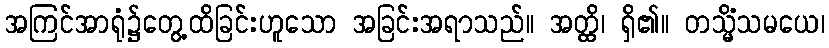
အကြင်အာရုံ၌တွေ့ထိခြင်းဟူသော အခြင်းအရာသည်။ အတ္ထိ၊ ရှိ၏။ တသ္မိံသမယေ၊